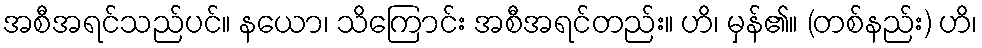
အစီအရင်သည်ပင်။ နယော၊ သိကြောင်း အစီအရင်တည်း။ ဟိ၊ မှန်၏။ (တစ်နည်း) ဟိ၊